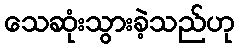
သေဆုံးသွားခဲ့သည်ဟု